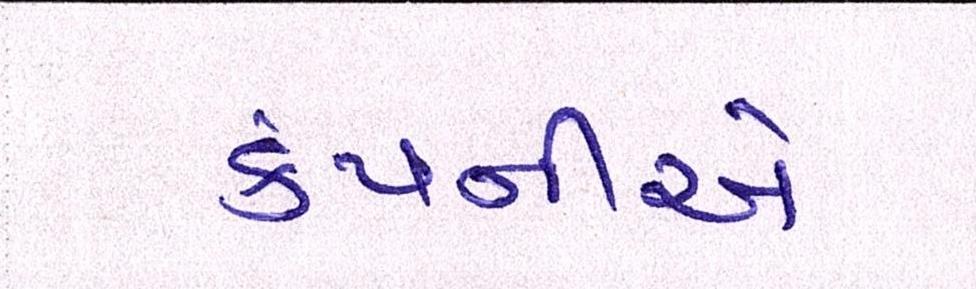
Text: કંપનીએ